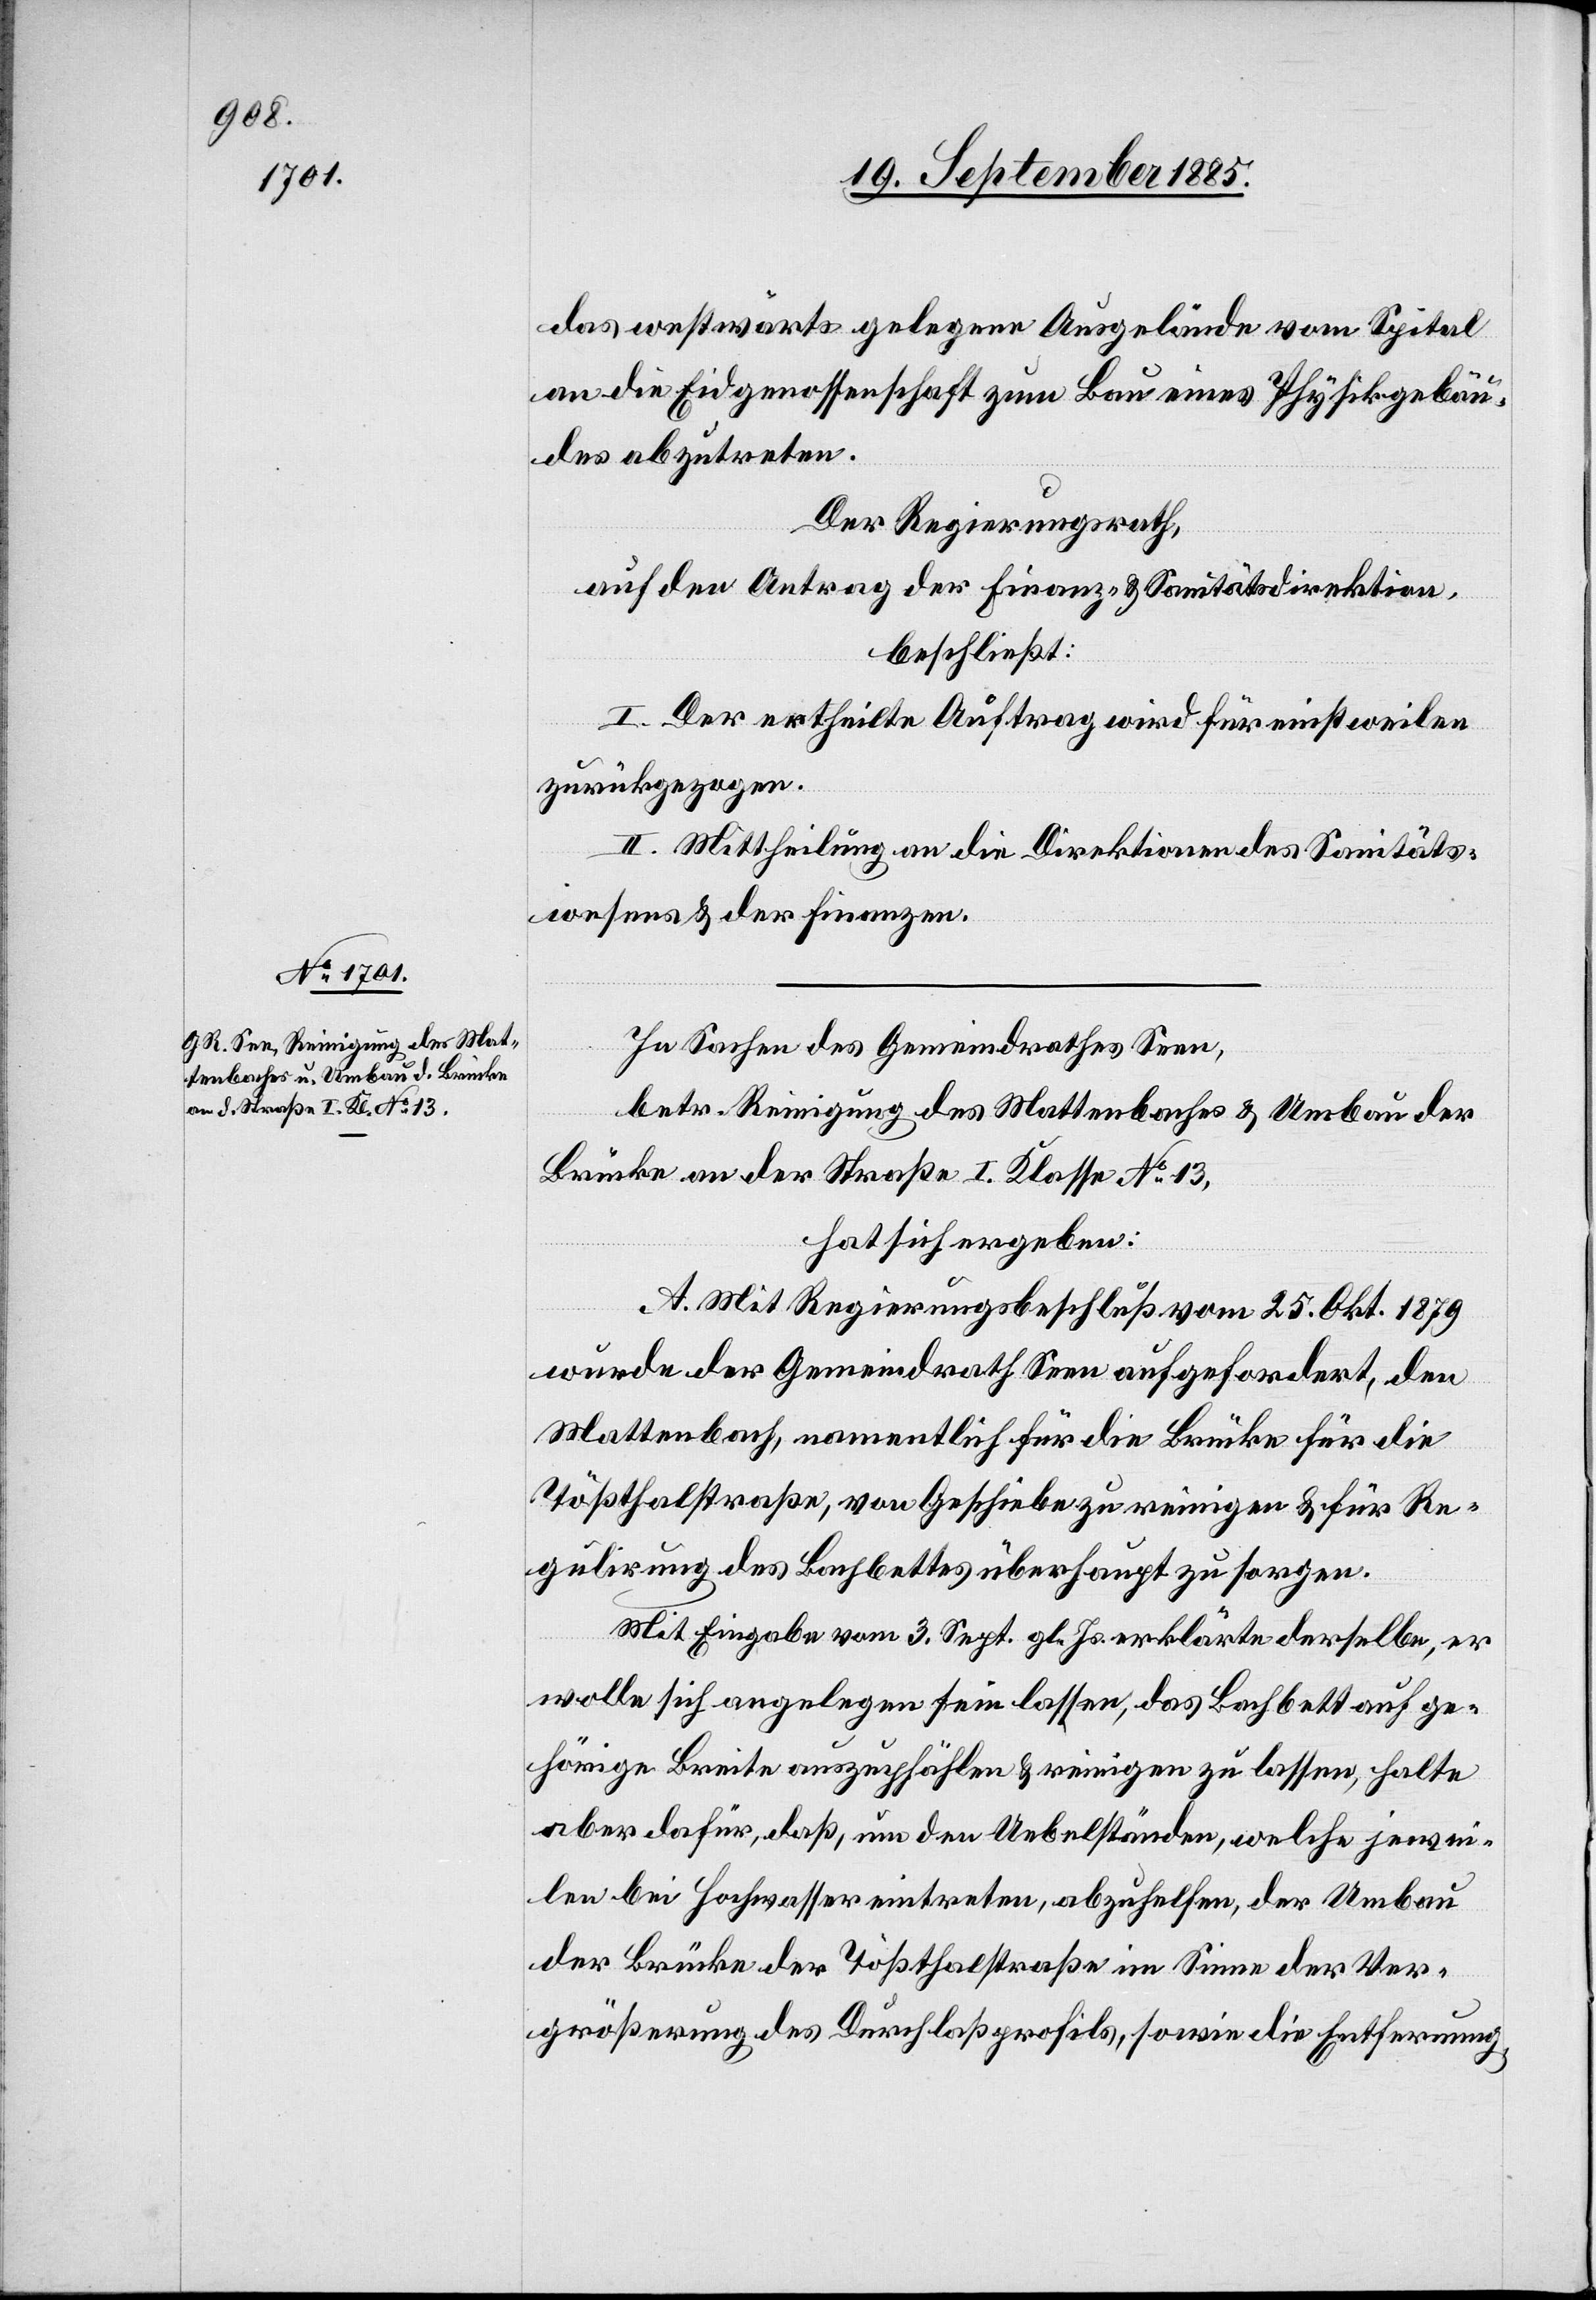
das westwärts gelegene Ausgelände vom Spital
an die Eidgenossenschaft zum Bau eines Physikgebäu¬
des abzutreten.
Der Regierungsrath,
auf den Antrag der Finanz- & Sanitätsdirektion,
beschließt:
I. Der ertheilte Auftrag wird für einstweilen
zurückgezogen.
II. Mittheilung an die Direktionen des Sanitäts¬
wesens & der Finanzen.
In Sachen des Gemeindrathes Seen,
betr. Reinigung des Mattenbaches & Umbau der
Brücke an der Straße I. Klasse No 13,
hat sich ergeben:
A. Mit Regierungsrathsbeschluß vom 25. Okt. 1879
wurde der Gemeindrath Seen aufgefordert, den
Mattenbach, namentlich für die Brücke für die
Tößthalstraße, von Geschiebe zu reinigen & für Re¬
gulirung des Bachbettes überhaupt zu sorgen.
Mit Eingabe vom 3. Sept. gl. Js. erklärte derselbe, er
wolle sich angelegen sein lassen, das Bachbett auf ge¬
hörige Breite auszupfählen & reinigen zu lassen, halte
aber dafür, daß, um den Uebelständen, welche jewei¬
len bei Hochwasser eintreten, abzuhelfen, der Umbau
der Brücke der Tößthalstraße im Sinne der Ver¬
größerung des Durchlaßprofils, sowie die Entfernung,